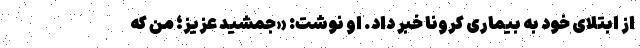
از ابتلای خود به بیماری کرونا خبر داد. او نوشت: «جمشید عزیز؛ من که